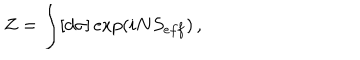
Z = \int [ d \sigma ] \exp ( i N S _ { e f f } ) \, ,